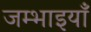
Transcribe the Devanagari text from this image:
जम्भाइयाँ